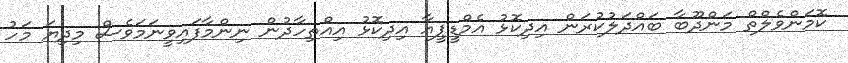
ކޮމަންވެލްތް މަންދޫބާ ބައްދަލުކުރަން އިދިކޮޅު އެމްޑީޕީއާ އިދިކޮޅު އިއްތިހާދުން ނިންމާފައިވީނަމަވެސް މިދިޔަ މަހު